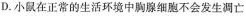
D.小鼠在正常的生活环境中胸腺细胞不会发生凋亡